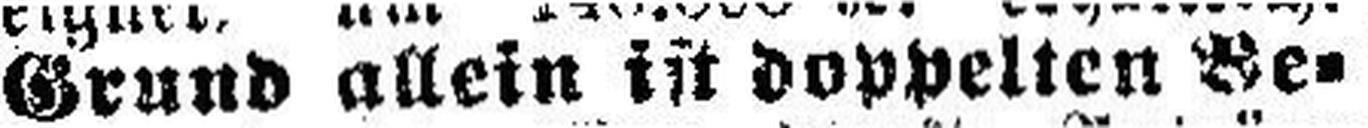
Grund allein ist doppelten Be¬